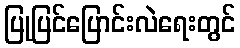
ပြုပြင်ပြောင်းလဲရေးတွင်